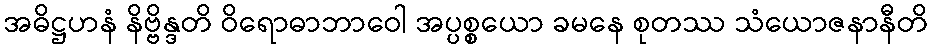
အဓိဋ္ဌဟနံ နိဗ္ဗိန္ဒတိ ဝိရောဓာဘာဝေါ အပ္ပစ္စယော ခမနေ စုတဿ သံယောဇနာနီတိ